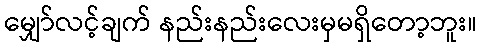
မျှော်လင့်ချက် နည်းနည်းလေးမှမရှိတော့ဘူး။